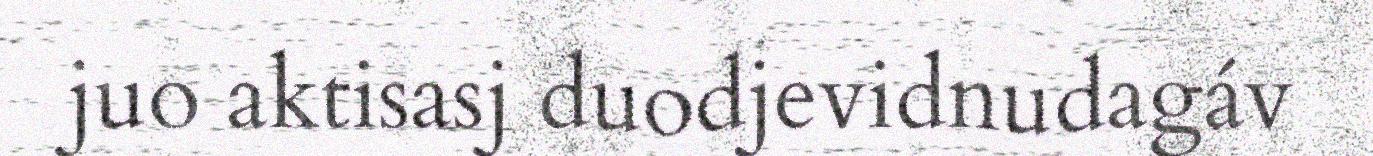
juo aktisasj duodjevidnudagáv